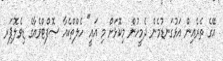
އޭގެ ތެރެއިން އަޅުގަނޑުމެން ދެމީހުން މިކޮޅަށް މި އައީ" ހެލްތްކެއާ ސޮފްޓްވެއާގެ ޑިވެލޮޕަރ